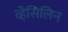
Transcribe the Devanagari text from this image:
व्हेसिलिन